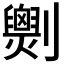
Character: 𠠧